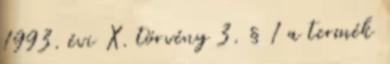
1993. évi X. törvény 3. § 1 a termék